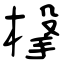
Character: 杽